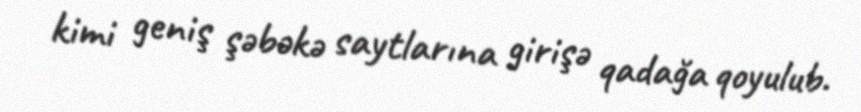
kimi geniş şəbəkə saytlarına girişə qadağa qoyulub.